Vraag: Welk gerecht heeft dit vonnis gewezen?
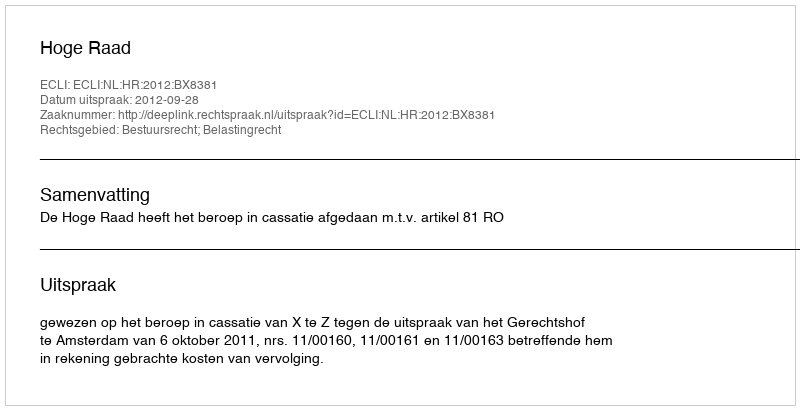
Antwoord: Hoge Raad